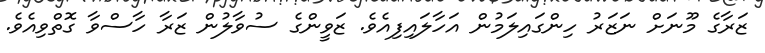
ޒަރާގެ މޫނަށް ނަޒަރު ހިންގައިލަމުން އަހާލައިފިއެވެ. ޒަވީންގެ ސުވާލުން ޒަރާ ހާސްވާ ގޮތްވިއެވެ.